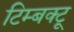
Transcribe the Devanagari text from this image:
टिम्बक्टू